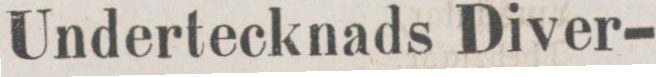
Undertecknads Diver-